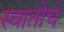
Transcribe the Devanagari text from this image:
स्वातीचे